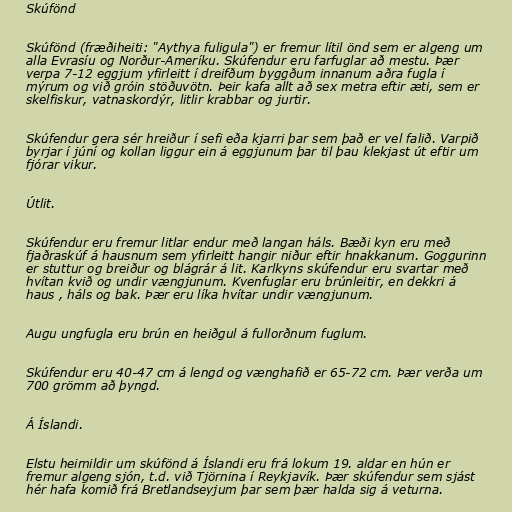
Skúfönd

Skúfönd (fræðiheiti: "Aythya fuligula") er fremur lítil önd sem er algeng um
alla Evrasíu og Norður-Ameríku. Skúfendur eru farfuglar að mestu. Þær
verpa 7-12 eggjum yfirleitt í dreifðum byggðum innanum aðra fugla í
mýrum og við gróin stöðuvötn. Þeir kafa allt að sex metra eftir æti, sem er
skelfiskur, vatnaskordýr, litlir krabbar og jurtir.

Skúfendur gera sér hreiður í sefi eða kjarri þar sem það er vel falið. Varpið
byrjar í júní og kollan liggur ein á eggjunum þar til þau klekjast út eftir um
fjórar vikur.

Útlit.

Skúfendur eru fremur litlar endur með langan háls. Bæði kyn eru með
fjaðraskúf á hausnum sem yfirleitt hangir niður eftir hnakkanum. Goggurinn
er stuttur og breiður og blágrár á lit. Karlkyns skúfendur eru svartar með
hvítan kvið og undir vængjunum. Kvenfuglar eru brúnleitir, en dekkri á
haus , háls og bak. Þær eru líka hvítar undir vængjunum.

Augu ungfugla eru brún en heiðgul á fullorðnum fuglum.

Skúfendur eru 40-47 cm á lengd og vænghafið er 65-72 cm. Þær verða um
700 grömm að þyngd.

Á Íslandi.

Elstu heimildir um skúfönd á Íslandi eru frá lokum 19. aldar en hún er
fremur algeng sjón, t.d. við Tjörnina í Reykjavík. Þær skúfendur sem sjást
hér hafa komið frá Bretlandseyjum þar sem þær halda sig á veturna.